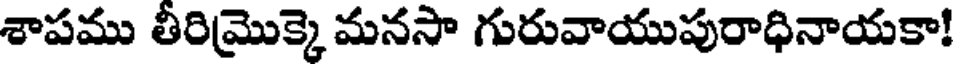
శాపము తీరిమొక్కె మనసా గురువాయుపురాధినాయకా!